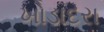
ખોડાદરા